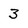
Character: 3